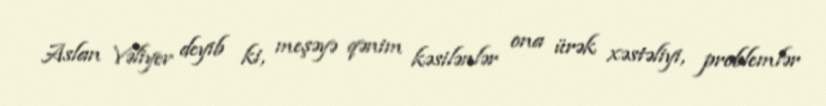
Aslan Vəliyev deyib ki, meşəyə qənim kəsilənlər ona ürək xəstəliyi, problemlər